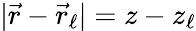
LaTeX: |\vec{r}-\vec{r}_{\ell}|=z-z_{\ell}